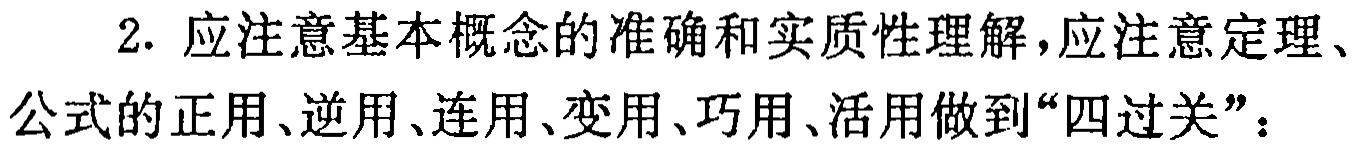
2. 应注意基本概念的准确和实质性理解，应注意定理、公式的正用、逆用、连用、变用、巧用、活用做到“四过关”：